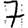
Digit: 7